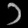
Digit: ၁